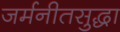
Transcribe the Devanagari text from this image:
जर्मनीतसुद्धा